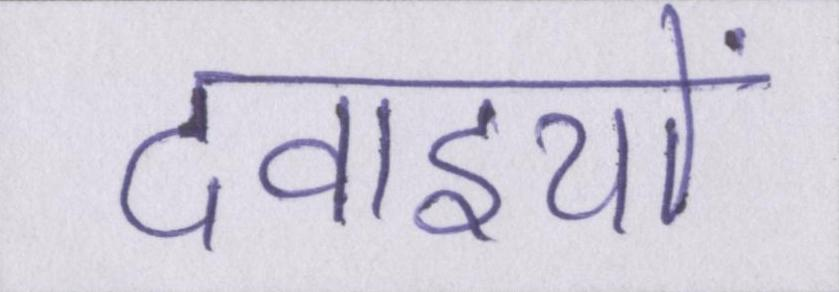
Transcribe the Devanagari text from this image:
दवाइयों